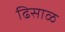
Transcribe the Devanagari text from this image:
ढिसाळ